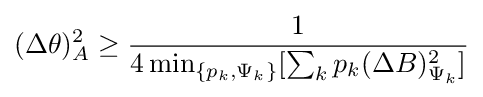
(\Delta \theta )_{A}^{2}\geq {\frac {1}{4\min _{\{p_{k},\Psi _{k}\}}[\sum _{k}p_{k}(\Delta B)_{\Psi _{k}}^{2}]}}